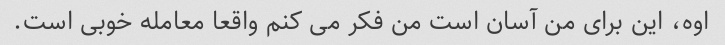
اوه، این برای من آسان است من فکر می کنم واقعا معامله خوبی است.